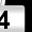
Digit: 4